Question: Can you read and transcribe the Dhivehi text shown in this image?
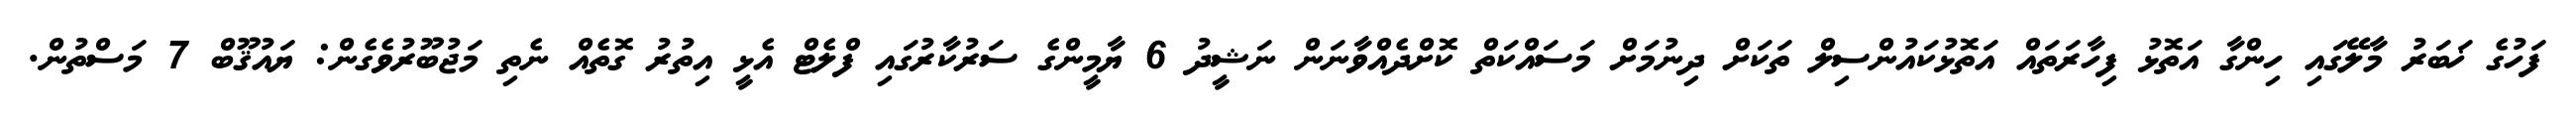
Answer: ފަހުގެ ޚަބަރު މާލޭގައި ހިންގާ އަތޮޅު ފިހާރަތައް އަތޮޅުކައުންސިލް ތަކަށް ދިނުމަށް މަސައްކަތް ކޮށްދެއްވާނަން ނަޝީދު 6 ޔާމީންގެ ސަރުކާރުގައި ފްލެޓް އެޅީ އިތުރު ގޮތެއް ނެތި މަޖުބޫރުވެގެން: ޔައުޤޫބް 7 މަސްތުން.